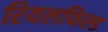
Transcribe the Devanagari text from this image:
रियलफिल्ड